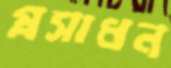
প্রসাধন